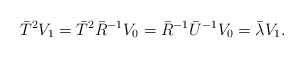
\begin{align*}\bar{T}^2V_1 &=\bar{T}^2\bar{R}^{-1}V_0 = \bar{R}^{-1}\bar{U}^{-1}V_0= \bar{\lambda}V_1.\end{align*}